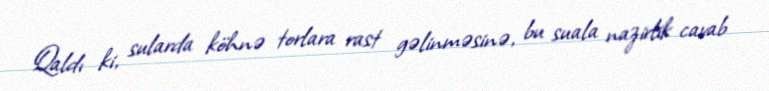
Qaldı ki, sularda köhnə torlara rast gəlinməsinə, bu suala nazirlik cavab